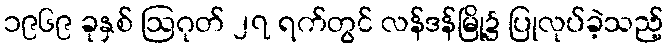
၁၉၆၉ ခုနှစ် ဩဂုတ် ၂၇ ရက်တွင် လန်ဒန်မြို့၌ ပြုလုပ်ခဲ့သည့်